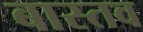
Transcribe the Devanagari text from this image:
बास्तव